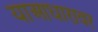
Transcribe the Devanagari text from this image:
याआधारावर